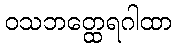
ဝသဘတ္ထေရဂါထာ